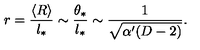
r = \frac { \langle R \rangle } { l _ { * } } \sim \frac { \theta _ { * } } { l _ { * } } \sim \frac { 1 } { \sqrt { \alpha ^ { \prime } ( D - 2 ) } } .